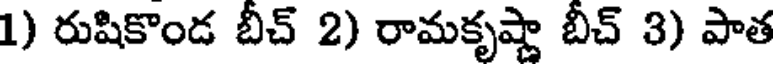
1) రుషికొండ బీచ్ 2) రామకృష్ణా బీచ్ 3) పాత